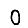
Digit: 0